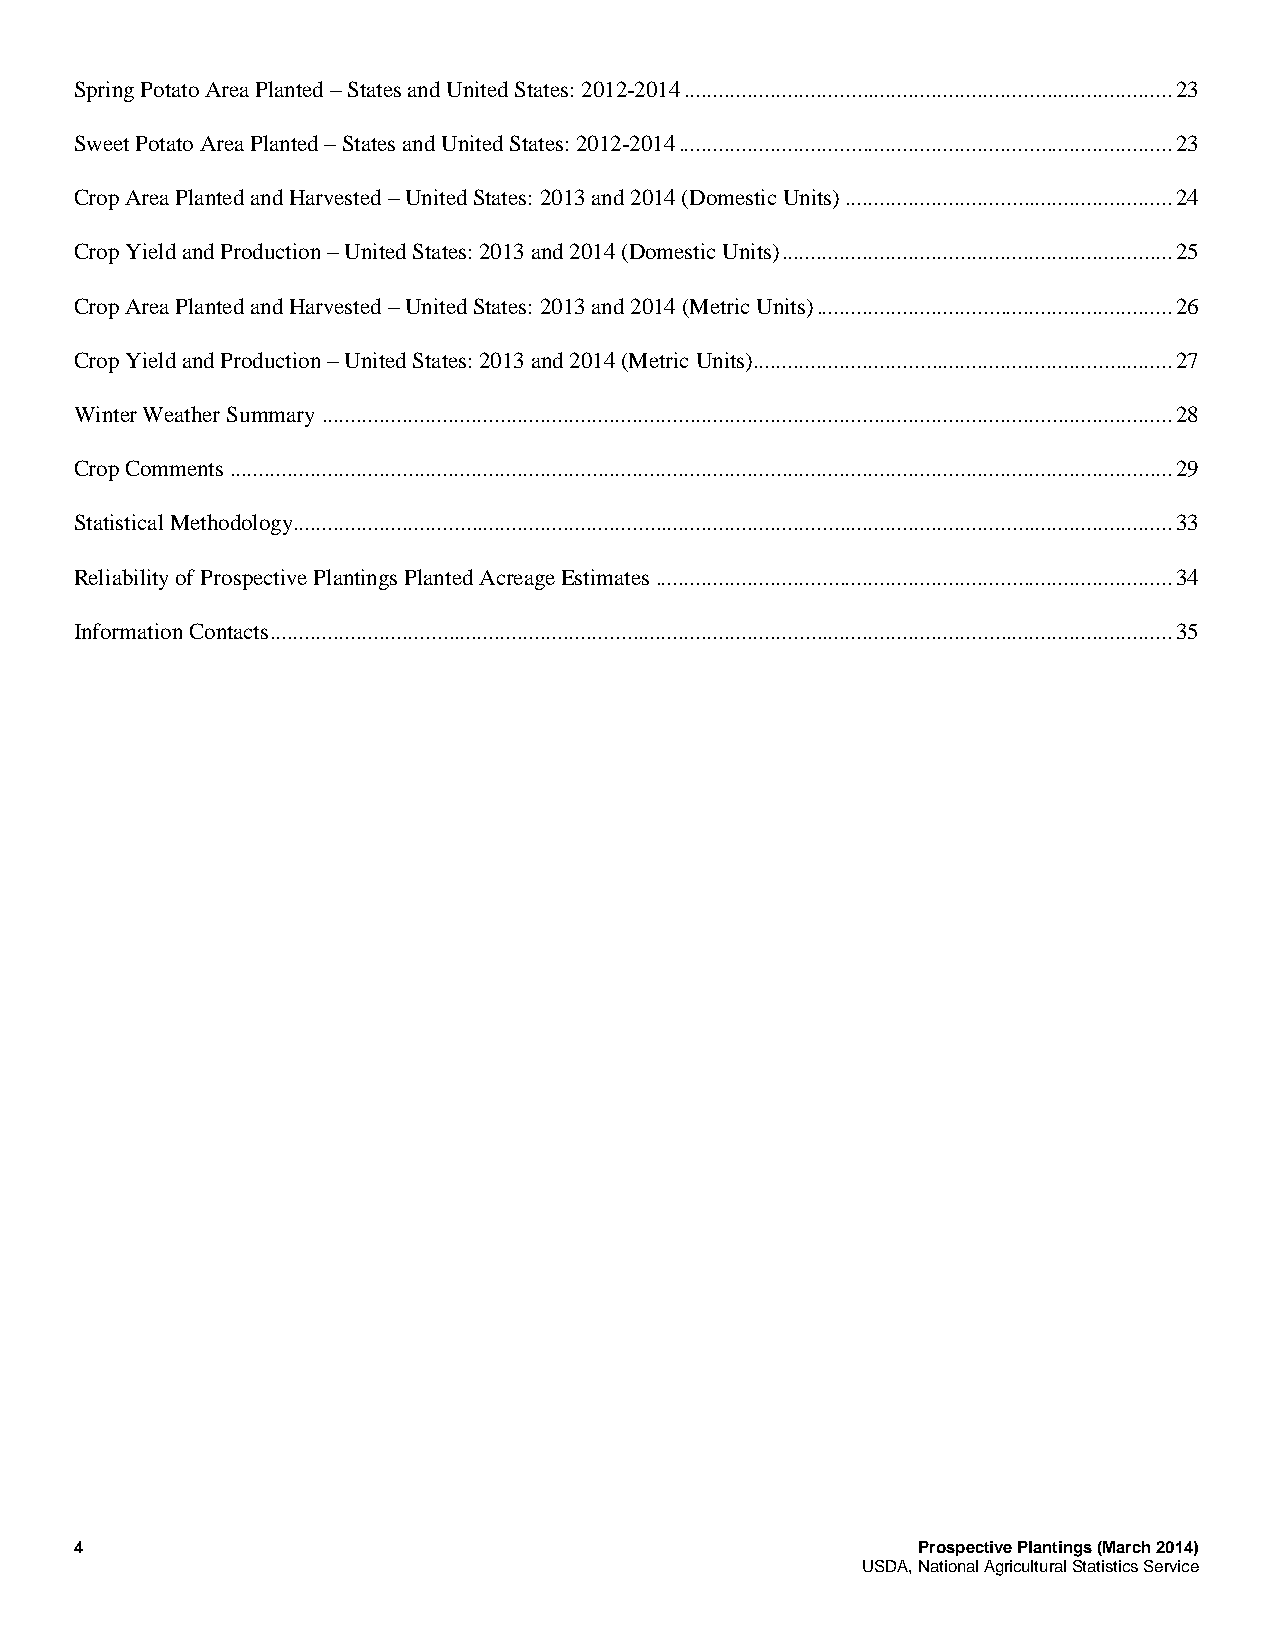
Spring Potato Area Planted – States and United States: 2012-2014 ..................................................................................... 23
 Sweet Potato Area Planted – States and United States: 2012-2014 ...................................................................................... 23
 Crop Area Planted and Harvested – United States: 2013 and 2014 (Domestic Units) ......................................................... 24
 Crop Yield and Production – United States: 2013 and 2014 (Domestic Units) .................................................................... 25
 Crop Area Planted and Harvested – United States: 2013 and 2014 (Metric Units) .............................................................. 26
 Crop Yield and Production – United States: 2013 and 2014 (Metric Units) ......................................................................... 27
 Winter Weather Summary .................................................................................................................................................... 28
 Crop Comments .................................................................................................................................................................... 29
 Statistical Methodology ......................................................................................................................................................... 33
 Reliability of Prospective Plantings Planted Acreage Estimates .......................................................................................... 34
 Information Contacts ............................................................................................................................................................. 35
 4                                                       Prospective Plantings (March 2014)
 USDA, National Agricultural Statistics Service